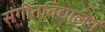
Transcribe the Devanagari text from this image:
संगीतविद्यालय